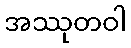
အဿုတဝါ